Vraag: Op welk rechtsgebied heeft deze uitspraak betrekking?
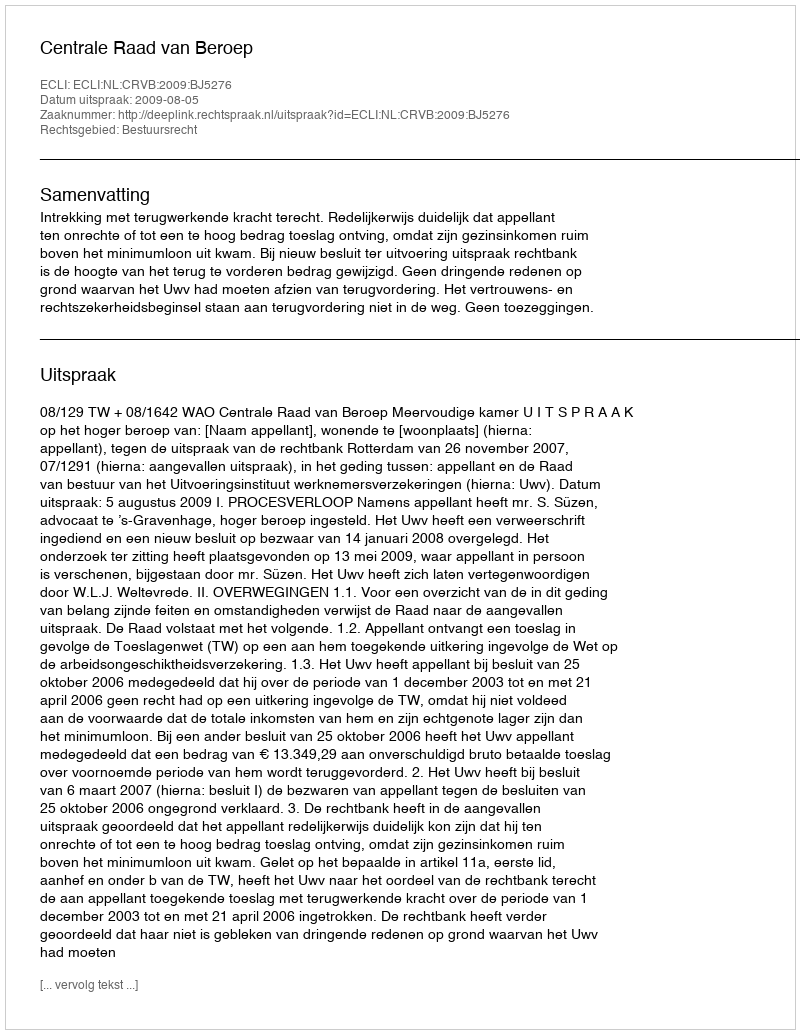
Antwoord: Bestuursrecht